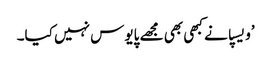
’ویسپا نے کبھی بھی مجھے پایوس نہیں کیا۔